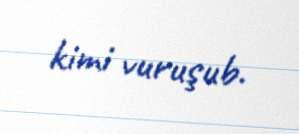
kimi vuruşub.